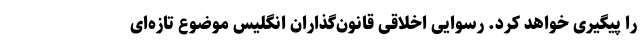
را پیگیری خواهد کرد. رسوایی اخلاقی قانون‌گذاران انگلیس موضوع تازه‌ای